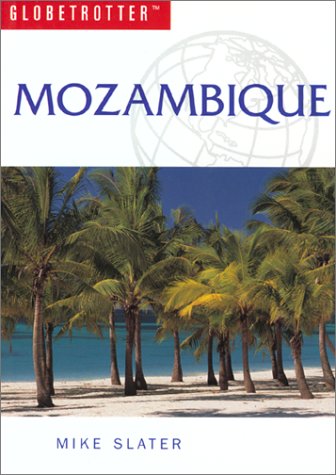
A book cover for Mozambique Travel Guide; Globetrotter; Travel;